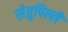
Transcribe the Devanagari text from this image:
सेतुपिल्लै